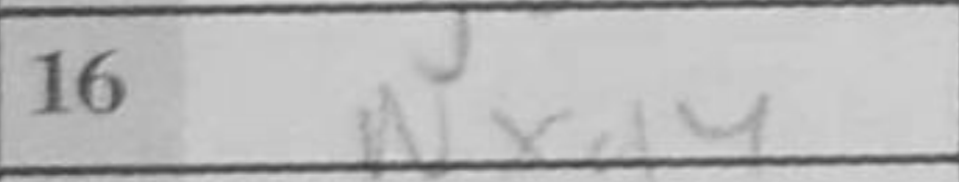
Transcription: Nxd4